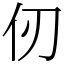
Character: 仞